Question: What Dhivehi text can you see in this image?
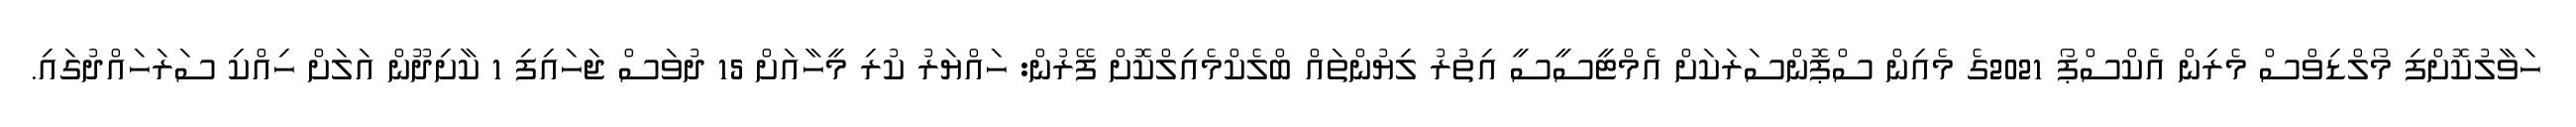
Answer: ހަވާލުކޮށްފި މޯލްޑިވްސް މެރިން އެކްސްޕޯ 2021ގެ މެއިން ސްޕޮންސަރަކަށް އެމްޓީސީސީ އިތުރު ލިޔުންތައް ބްލެކްމެއިލްކޮށް ފޭރުން: ހައްޔަރު ކުރި މީހާއަށް 15 ދުވަސް ޖަހައިފި 1 ކާށިދޫން އަލަށް ހިއްކި ސަރަހައްދުގައި.